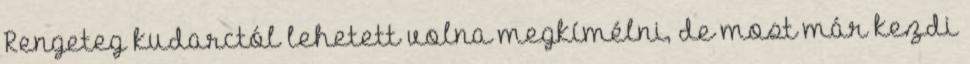
Rengeteg kudarctól lehetett volna megkímélni, de most már kezdi